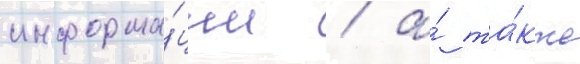
информа́ции / а́ та́кже